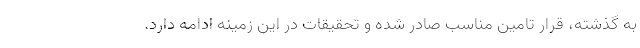
به گذشته، قرار تامین مناسب صادر شده و تحقیقات در این زمینه ادامه دارد.